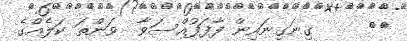
٣٢     ގިނަގިނައިން ފާފަފުއްސަވާ  ވަންތަ ކަލެއްގެ